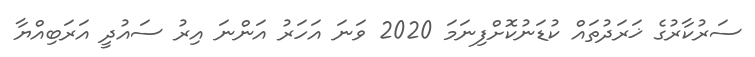
ސަރުކާރުގެ ޚަރަދުތައް ކުޑަނުކޮށްފިނަމަ 2020 ވަނަ އަހަރު އަންނަ އިރު ސައުދީ އަރަބިއްޔާ